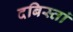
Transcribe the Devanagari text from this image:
दबिस्तां